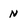
Character: N